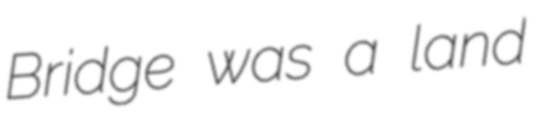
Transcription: Bridge was a land